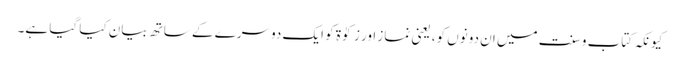
کیونکہ کتاب و سنت میں ان دونوں کو، یعنی نماز اور زکوٰۃ کو ایک دوسرے کے ساتھ بیان کیا گیا ہے۔